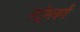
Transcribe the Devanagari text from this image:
स्ट्रोमबर्ग